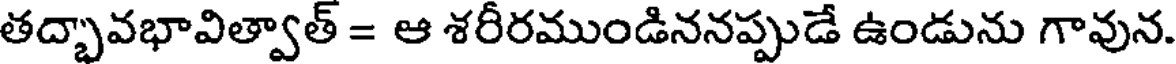
తద్బావభావిత్వాత్ = ఆ శరీరముండిననప్పుడే ఉండును గావున.